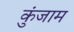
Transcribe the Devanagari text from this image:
कुंजाम